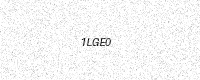
Text: 1LGE0